system: You are a helpful assistant.
user:
Analyze the provided spectrum to determine if it is a **Carbon Star (C-type)**.

- **Key Visual Indicators of Carbon Star:**
    - **(Primary):** Strong molecular absorption from **C₂ (diatomic carbon) "Swan Bands."** This is the **defining feature** of a carbon star.
        - **(Key Bandheads):** Sharp absorption edges are visible at approximately $5635$ Å, $5165$ Å (the strongest band), and $4737$ Å.
        - **(Line Profile):** Creates a distinct **"saw-tooth"** pattern. The key morphology is a sharp, steep bandhead on the **red (long-wavelength) side**, which then gradually tapers off (i.e., flux recovers) towards the **blue (short-wavelength) side**. *(This is the direct opposite of the TiO bands seen in M-type stars)*.

    - **(Secondary):** Intense **CN (cyanogen)** molecular absorption bands.
        - **(Key Bandheads):** Located in the blue and violet regions of the spectrum (e.g., near $4215$ Å and $3883$ Å).
        - **(Morphology):** These bands are extremely broad and act as a "blanket," absorbing the vast majority of blue and violet light. This creates a characteristic **"cliff"** or **"steep drop-off"** in the spectrum's flux at short wavelengths.

    - **(Key Confirmation):** Strong **CH absorption band (G-band)**.
        - **(Key Bandhead):** Located around $4300$ Å. The contribution from CH molecules to this band is exceptionally strong.

    - **(Overall Spectrum):**
        - The continuum is severely "chopped up" by these deep molecular bands, especially C₂, rather than appearing as a smooth curve.
        - Due to the heavy CN and C₂ absorption in the blue-green, the vast majority of the star's flux is concentrated in the red part of the spectrum, giving the star its characteristic deep red color.

Think first, call **spectral_visualization_tool** if needed to examine features in detail, then provide your final answer. Your response must adhere to the following strict rules:
1.  **Overall Structure:** Your response must follow the format `<think>...</think> <tool_call>...</tool_call> (if a tool is used) <answer>...</answer>`.
2.  **Tool Usage Constraint:** You may only make **one** tool call per turn.
3.  **Final Answer Format:** In the `<answer>` tag, your conclusion must be inside a `\boxed{}` command (e.g., `\boxed{YES}`), followed by your justification.

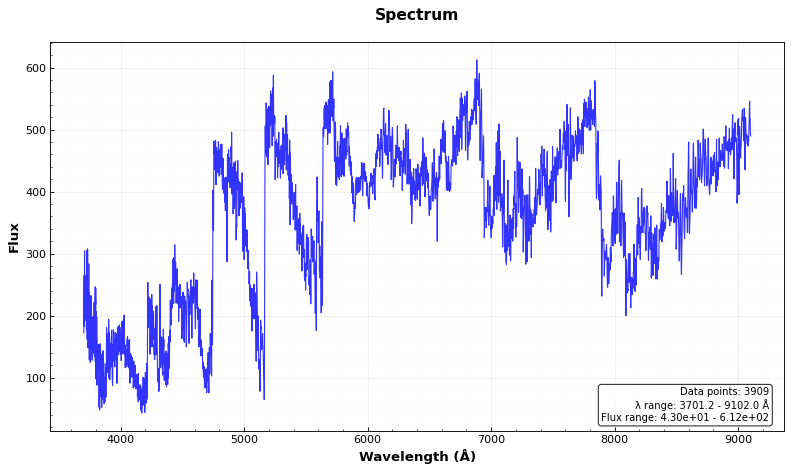
Answer: YES